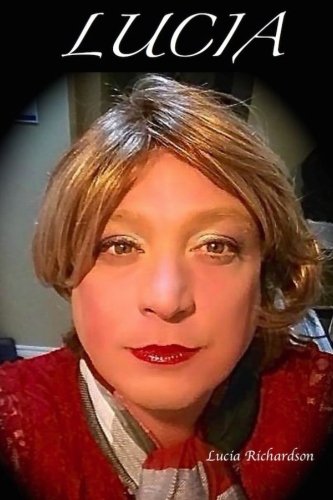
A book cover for Lucia: The life of a Transgender Person; Lucia Richardson; Gay & Lesbian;